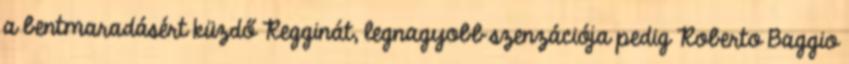
a bentmaradásért küzdő Regginát, legnagyobb szenzációja pedig Roberto Baggio